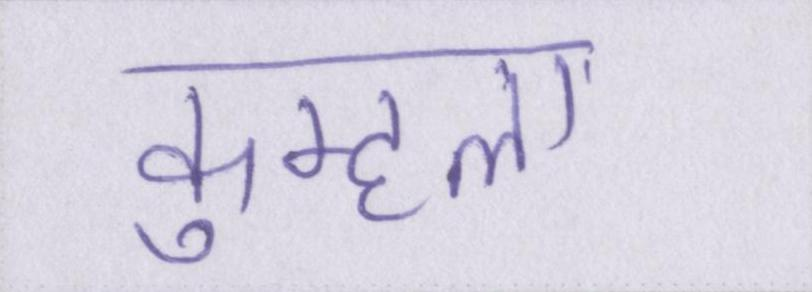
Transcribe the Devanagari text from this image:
कुम्हला